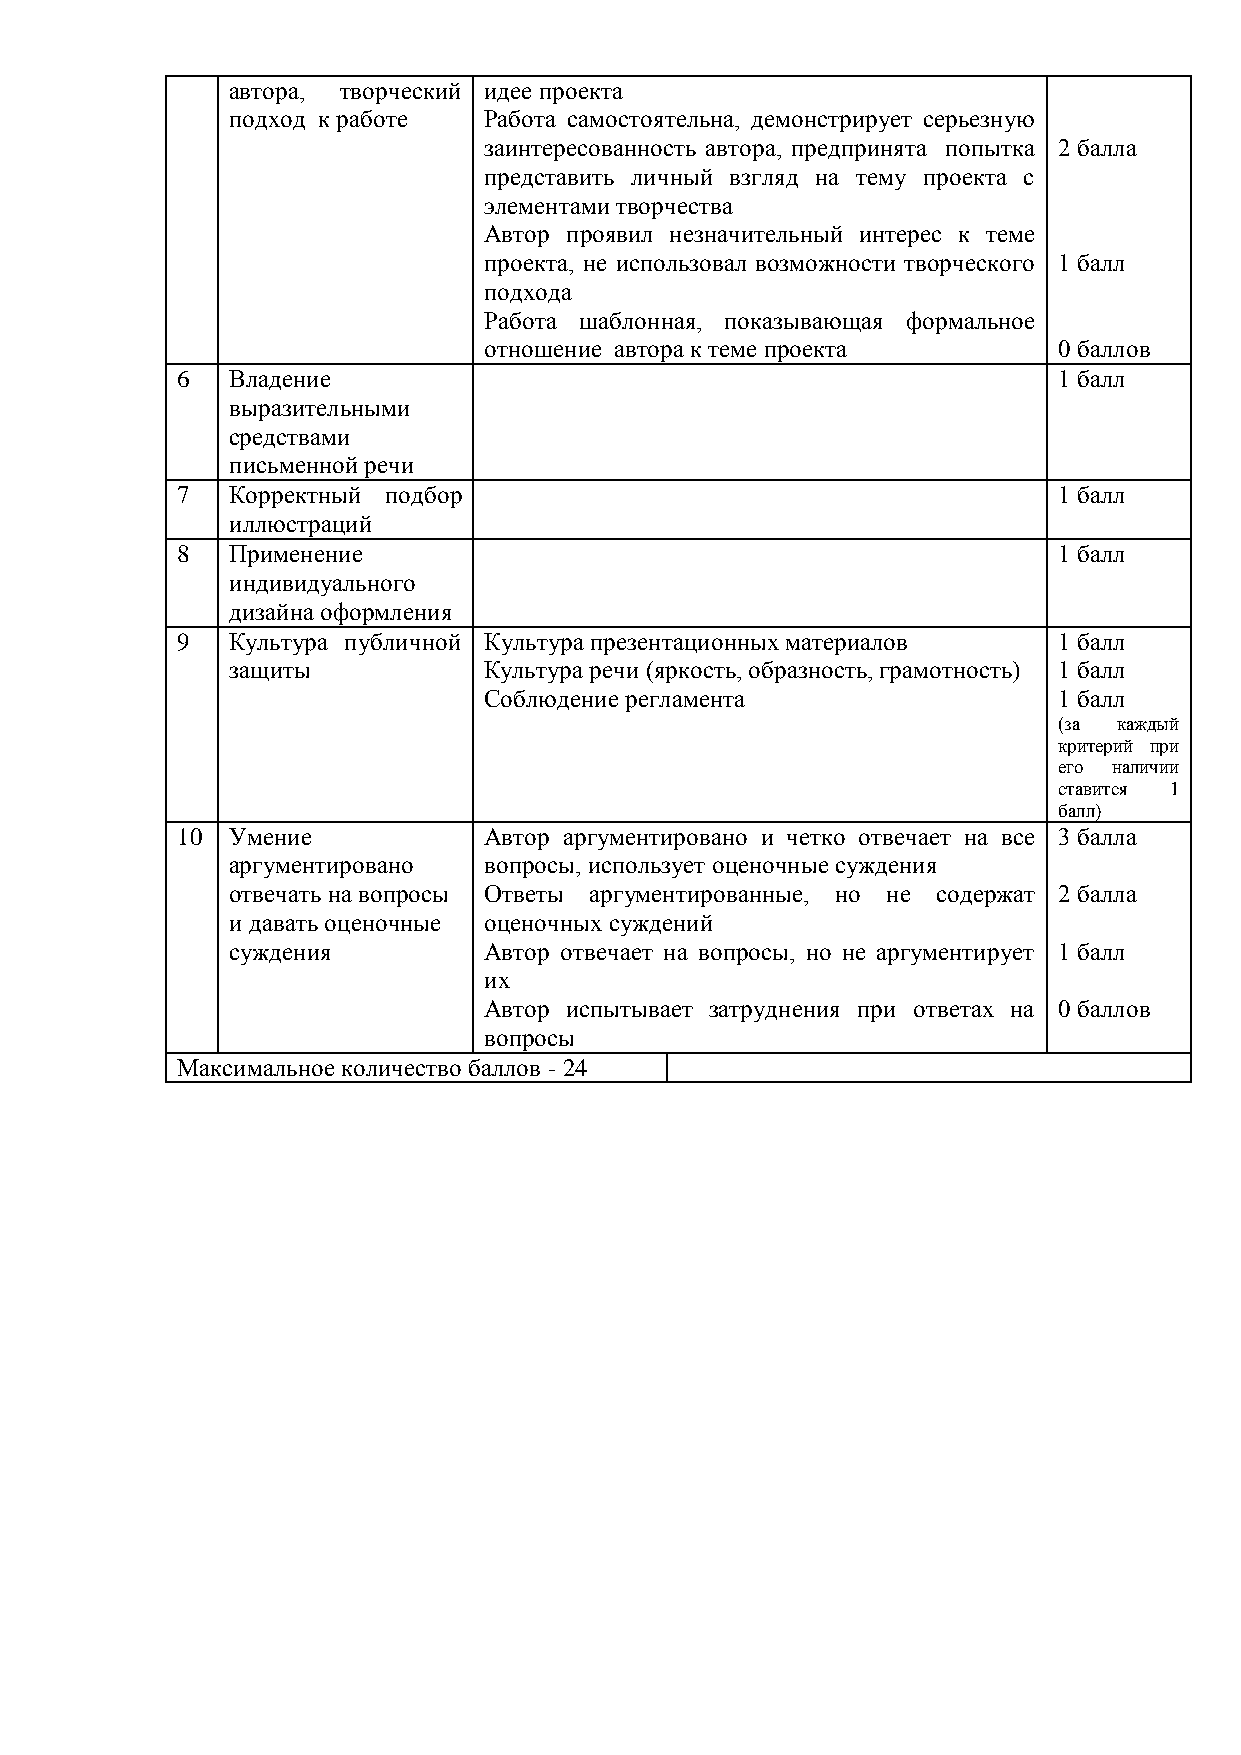
автора, творческий идее проекта
 подход к работе  Работа самостоятельна, демонстрирует серьезную
 заинтересованность автора, предпринята попытка 2 балла
 представить личный взгляд на тему проекта с
 элементами творчества
 Автор проявил незначительный интерес к теме
 проекта, не использовал возможности творческого 1 балл
 подхода
 Работа шаблонная, показывающая формальное
 отношение автора к теме проекта       0 баллов
 6  Владение                                               1 балл
 выразительными
 средствами
 письменной речи
 7  Корректный подбор                                      1 балл
 иллюстраций
 8  Применение                                             1 балл
 индивидуального
 дизайна оформления
 9  Культура публичной Культура презентационных материалов 1 балл
 защиты           Культура речи (яркость, образность, грамотность) 1 балл
 Соблюдение регламента                 1 балл
 (за каждый
 критерий при
 его наличии
 ставится 1
 балл)
 10 Умение           Автор аргументировано и четко отвечает на все 3 балла
 аргументировано  вопросы, использует оценочные суждения
 отвечать на вопросы Ответы аргументированные, но не содержат 2 балла
 и давать оценочные оценочных суждений
 суждения         Автор отвечает на вопросы, но не аргументирует 1 балл
 их
 Автор испытывает затруднения при ответах на 0 баллов
 вопросы
 Максимальное количество баллов - 24